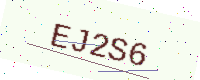
Text: EJ2S6